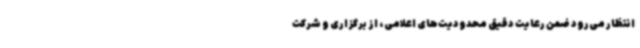
انتظار می‌رود ضمن رعایت دقیق محدودیت‌های اعلامی، از برگزاری و شرکت